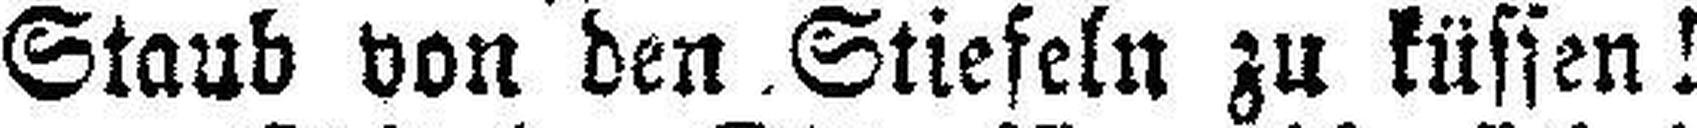
Staub von den Stiefeln zu küssen!